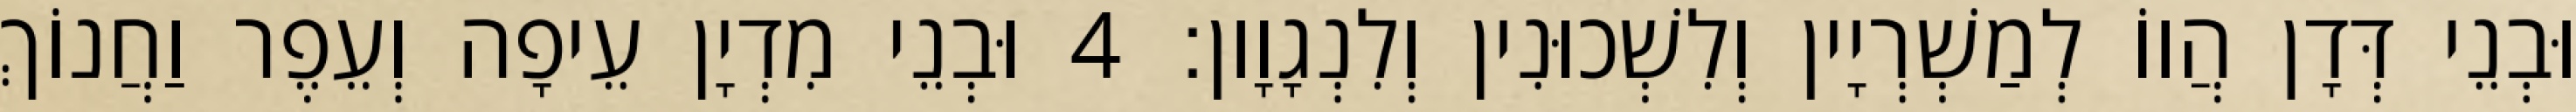
וּבְנֵי דְּדָן הֲווֹ לְמַשְׁרְיָין וְלִשְׁכוּנִין וְלִנְגָוָון׃ 4 וּבְנֵי מִדְיָן עֵיפָה וְעֵפֶר וַחֲנוֹךְ